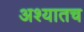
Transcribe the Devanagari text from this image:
अश्यातच